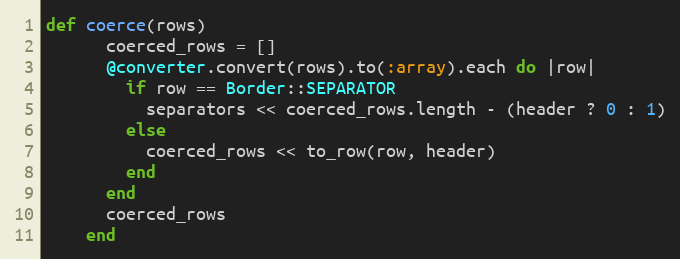
Language: Ruby
def coerce(rows)
      coerced_rows = []
      @converter.convert(rows).to(:array).each do |row|
        if row == Border::SEPARATOR
          separators << coerced_rows.length - (header ? 0 : 1)
        else
          coerced_rows << to_row(row, header)
        end
      end
      coerced_rows
    end